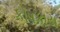
કોષકાય